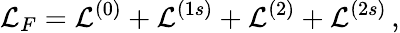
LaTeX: {\cal L}_{F}={\cal L}^{(0)}+{\cal L}^{(1s)}+{\cal L}^{(2)}+{\cal L}^{(2s)}\, ,